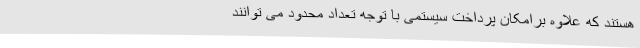
هستند که علاوه برامکان پرداخت سیستمی با توجه تعداد محدود می توانند